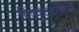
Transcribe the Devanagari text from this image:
चित्रकूटबरोबरच